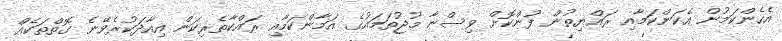
އެހެންކަމުން އެކަންކަމާއި ރައްޔިތުން ފުންކޮށް ވިސްނާ މުޖުތަމައުގެ އަމާންކަމާއި ރައްކާތެރިކަން އިއާދަކުރެވޭނެ ގޮތްތަކެއް